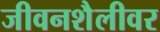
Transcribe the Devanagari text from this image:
जीवनशैलीवर